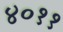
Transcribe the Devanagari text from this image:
४०११